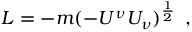
L = - m ( - U ^ { \nu } U _ { \nu } ) ^ { \frac { 1 } { 2 } } \, \, \, ,